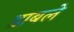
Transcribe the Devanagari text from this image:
डाबले